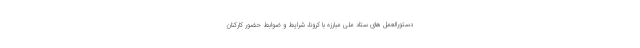
دستورالعمل های ستاد ملی مبارزه با کرونا، شرایط و ضوابط حضور کارکنان